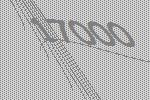
17000